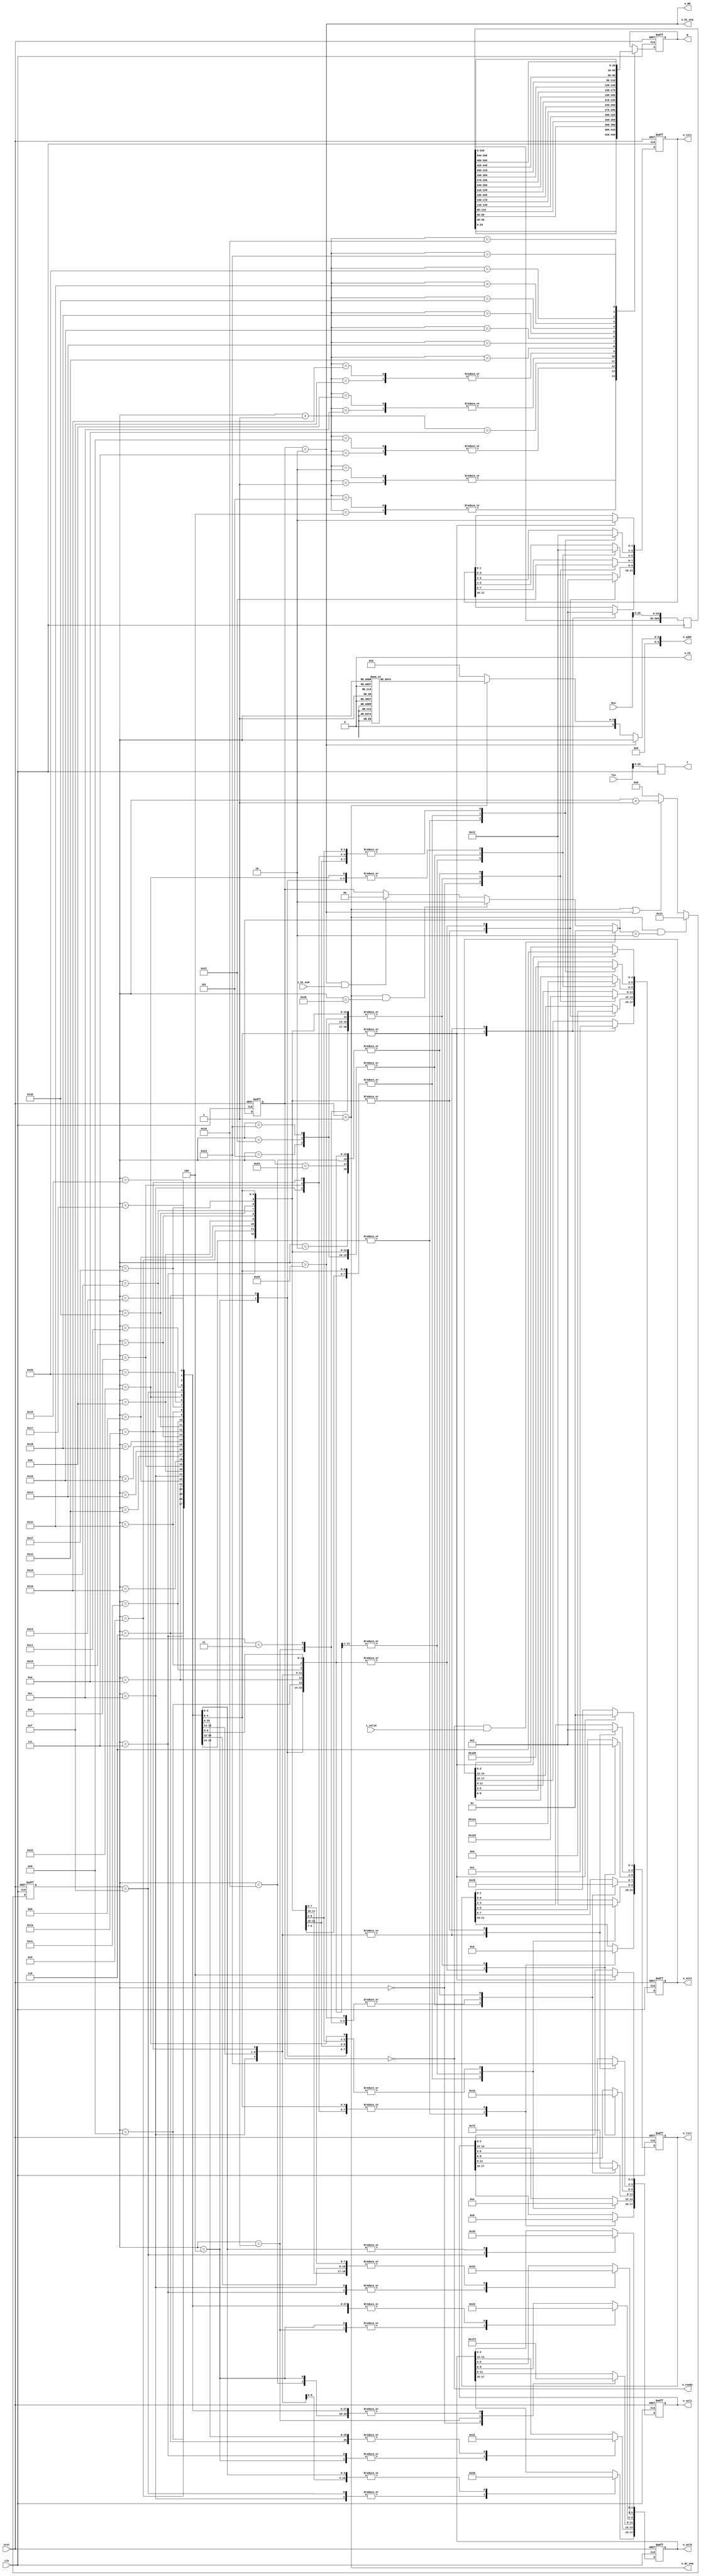
module DTW_CTRL(
    input   wire    clk,
    input   wire    nrst,
    input   wire    i_valid,
    output  wire    o_ready,

    output  wire    o_dc_ena,
    output  wire    o_bt_ena,
    input   wire    i_bt_end,

    input   wire    [31:0]  Rin,
    input   wire    [31:0]  Tin,
    output  reg     [29:0]  R,
    output  reg     [29:0]  T,

    output  reg     [11:0]  o_tsrc,
    output  reg     [11:0]  o_rsrc,
    output  reg     [17:0]  o_sel0,
    output  reg     [17:0]  o_sel1,
    output  reg     [17:0]  o_sel2,

    output  wire    [9:0]   o_addr,
    output  wire    o_WR,
    output  wire    o_CS
);

    localparam DC_END = 6'd40;
    localparam S_IDLE = 2'd0;
    localparam S_DC = 2'd1;
    localparam S_BT = 2'd2;

    reg [1:0] STATE;
    reg [1:0] STATE_NXT;
    reg [5:0] count;

    assign o_ready = (STATE == S_IDLE);
    assign o_dc_ena = (STATE == S_DC);
    assign o_bt_ena = (STATE == S_BT);

    reg [4:0] tindex_mem;

    wire [9:0] addr_dc;
    wire [9:0] addr_bt;
    assign addr_dc = {5'b0, tindex_mem};
    assign addr_bt = {4'b0, count};
    assign o_addr = o_bt_ena ? addr_bt : addr_dc;

    assign o_WR = o_bt_ena;
    assign o_CS = 1'b0;

    // 
    always @ (posedge clk or negedge nrst) begin
        if (~nrst) begin
            STATE <= S_IDLE;
        end
        else begin
            STATE <= STATE_NXT;
        end
    end
    always @ (*) begin
        if (STATE == S_IDLE && i_valid)
            STATE_NXT = S_DC;
        else if (STATE == S_DC && count == DC_END)
            STATE_NXT = S_BT;
        else if (STATE == S_BT && i_bt_end)
            STATE_NXT = S_IDLE;
        else
            STATE_NXT = STATE;
    end

    // DC & BT 
    always @ (posedge clk or negedge nrst) begin
        if (~nrst) begin
            count <= 6'd0;
        end
        else begin
            if (STATE == S_DC && STATE_NXT == S_BT)
                count <= 6'd20;
            else if (STATE == S_DC || STATE == S_BT)
                count <= count + 6'd1;
            else
                count <= 6'd0;
        end
    end

    // DC 
    reg [599:0] R_buf;
    always @ (posedge clk) begin
        R_buf <= {R_buf[569:0], Rin[29:0]};
    end

    // DC 
    always @ (posedge clk) begin
        T <= Tin[29:0];
    end

    // DC 
    always @ (posedge clk or negedge nrst) begin
        if (~nrst) begin
            o_rsrc<=12'b0;
            o_tsrc<=12'b0;
            o_sel0<=18'b111111111111111111;
            o_sel1<=18'b111111111111111111;
            o_sel2<=18'b111111111111111111;
        end
        else begin
            case (count)
                // 01
                6'd0: begin
                    o_tsrc[7:6]<=2'd2;
                    o_rsrc[7:6]<=2'd2;
                    o_sel0[11:9]<=3'd7;
                    o_sel1[11:9]<=3'd6;
                    o_sel2[11:9]<=3'd6;
                end

                6'd1: begin
                    o_tsrc[7:6]<=2'd0;
                    o_rsrc[7:6]<=2'd2;
                    o_tsrc[5:4]<=2'd2;
                    o_rsrc[5:4]<=2'd1;
                    o_sel0[11:9]<=3'd6;
                    o_sel1[11:9]<=3'd6;
                    o_sel2[11:9]<=3'd2;
                    o_sel0[8:6]<=3'd6;
                    o_sel1[8:6]<=3'd2;
                    o_sel2[8:6]<=3'd6;
                end

                6'd2: begin
                    o_tsrc[7:6]<=2'd1;
                    o_rsrc[7:6]<=2'd0;
                    o_sel0[11:9]<=3'd2;
                    o_sel1[11:9]<=3'd2;
                    o_sel2[11:9]<=3'd3;
                end

                6'd3: begin
                    o_tsrc[7:6]<=2'd0;
                    o_rsrc[7:6]<=2'd2;
                    o_tsrc[5:4]<=2'd2;
                    o_rsrc[5:4]<=2'd1;
                    o_sel0[11:9]<=3'd2;
                    o_sel1[11:9]<=3'd6;
                    o_sel2[11:9]<=3'd2;
                    o_sel0[8:6]<=3'd3;
                    o_sel1[8:6]<=3'd2;
                    o_sel2[8:6]<=3'd6;
                end

                6'd4: begin
                    o_tsrc[9:8]<=2'd1;
                    o_rsrc[9:8]<=2'd2;
                    o_tsrc[7:6]<=2'd1;
                    o_rsrc[7:6]<=2'd0;
                    o_tsrc[5:4]<=2'd2;
                    o_rsrc[5:4]<=2'd0;
                    o_sel0[14:12]<=3'd6;
                    o_sel1[14:12]<=3'd6;
                    o_sel2[14:12]<=3'd2;
                    o_sel0[11:9]<=3'd2;
                    o_sel1[11:9]<=3'd2;
                    o_sel2[11:9]<=3'd3;
                    o_sel0[8:6]<=3'd6;
                    o_sel1[8:6]<=3'd3;
                    o_sel2[8:6]<=3'd6;
                end

                6'd5: begin
                    o_tsrc[7:6]<=2'd0;
                    o_rsrc[7:6]<=2'd1;
                    o_tsrc[5:4]<=2'd0;
                    o_rsrc[5:4]<=2'd1;
                    o_sel0[11:9]<=3'd2;
                    o_sel1[11:9]<=3'd1;
                    o_sel2[11:9]<=3'd2;
                    o_sel0[8:6]<=3'd3;
                    o_sel1[8:6]<=3'd2;
                    o_sel2[8:6]<=3'd3;
                end

                6'd6: begin
                    o_tsrc[9:8]<=2'd1;
                    o_rsrc[9:8]<=2'd2;
                    o_tsrc[7:6]<=2'd1;
                    o_rsrc[7:6]<=2'd0;
                    o_tsrc[5:4]<=2'd2;
                    o_rsrc[5:4]<=2'd0;
                    o_sel0[14:12]<=3'd1;
                    o_sel1[14:12]<=3'd6;
                    o_sel2[14:12]<=3'd2;
                    o_sel0[11:9]<=3'd2;
                    o_sel1[11:9]<=3'd2;
                    o_sel2[11:9]<=3'd3;
                    o_sel0[8:6]<=3'd3;
                    o_sel1[8:6]<=3'd3;
                    o_sel2[8:6]<=3'd6;
                end

                6'd7: begin
                    o_tsrc[9:8]<=2'd0;
                    o_rsrc[9:8]<=2'd2;
                    o_tsrc[7:6]<=2'd0;
                    o_rsrc[7:6]<=2'd1;
                    o_tsrc[5:4]<=2'd0;
                    o_rsrc[5:4]<=2'd1;
                    o_tsrc[3:2]<=2'd2;
                    o_rsrc[3:2]<=2'd1;
                    o_sel0[14:12]<=3'd6;
                    o_sel1[14:12]<=3'd6;
                    o_sel2[14:12]<=3'd1;
                    o_sel0[11:9]<=3'd2;
                    o_sel1[11:9]<=3'd1;
                    o_sel2[11:9]<=3'd2;
                    o_sel0[8:6]<=3'd3;
                    o_sel1[8:6]<=3'd2;
                    o_sel2[8:6]<=3'd3;
                    o_sel0[5:3]<=3'd6;
                    o_sel1[5:3]<=3'd3;
                    o_sel2[5:3]<=3'd6;
                end

                6'd8: begin
                    o_tsrc[9:8]<=2'd1;
                    o_rsrc[9:8]<=2'd0;
                    o_tsrc[7:6]<=2'd1;
                    o_rsrc[7:6]<=2'd0;
                    o_tsrc[5:4]<=2'd1;
                    o_rsrc[5:4]<=2'd0;
                    o_sel0[14:12]<=3'd1;
                    o_sel1[14:12]<=3'd1;
                    o_sel2[14:12]<=3'd2;
                    o_sel0[11:9]<=3'd2;
                    o_sel1[11:9]<=3'd2;
                    o_sel2[11:9]<=3'd3;
                    o_sel0[8:6]<=3'd3;
                    o_sel1[8:6]<=3'd3;
                    o_sel2[8:6]<=3'd4;
                end

                6'd9: begin
                    o_tsrc[9:8]<=2'd0;
                    o_rsrc[9:8]<=2'd2;
                    o_tsrc[7:6]<=2'd0;
                    o_rsrc[7:6]<=2'd1;
                    o_tsrc[5:4]<=2'd0;
                    o_rsrc[5:4]<=2'd1;
                    o_tsrc[3:2]<=2'd2;
                    o_rsrc[3:2]<=2'd1;
                    o_sel0[14:12]<=3'd1;
                    o_sel1[14:12]<=3'd6;
                    o_sel2[14:12]<=3'd1;
                    o_sel0[11:9]<=3'd2;
                    o_sel1[11:9]<=3'd1;
                    o_sel2[11:9]<=3'd2;
                    o_sel0[8:6]<=3'd3;
                    o_sel1[8:6]<=3'd2;
                    o_sel2[8:6]<=3'd3;
                    o_sel0[5:3]<=3'd4;
                    o_sel1[5:3]<=3'd3;
                    o_sel2[5:3]<=3'd6;
                end

                6'd10: begin
                    o_tsrc[9:8]<=2'd1;
                    o_rsrc[9:8]<=2'd0;
                    o_tsrc[7:6]<=2'd1;
                    o_rsrc[7:6]<=2'd0;
                    o_tsrc[5:4]<=2'd1;
                    o_rsrc[5:4]<=2'd0;
                    o_sel0[14:12]<=3'd1;
                    o_sel1[14:12]<=3'd1;
                    o_sel2[14:12]<=3'd2;
                    o_sel0[11:9]<=3'd2;
                    o_sel1[11:9]<=3'd2;
                    o_sel2[11:9]<=3'd3;
                    o_sel0[8:6]<=3'd3;
                    o_sel1[8:6]<=3'd3;
                    o_sel2[8:6]<=3'd4;
                end

                6'd11: begin
                    o_tsrc[9:8]<=2'd0;
                    o_rsrc[9:8]<=2'd2;
                    o_tsrc[7:6]<=2'd0;
                    o_rsrc[7:6]<=2'd1;
                    o_tsrc[5:4]<=2'd0;
                    o_rsrc[5:4]<=2'd1;
                    o_tsrc[3:2]<=2'd2;
                    o_rsrc[3:2]<=2'd1;
                    o_sel0[14:12]<=3'd1;
                    o_sel1[14:12]<=3'd6;
                    o_sel2[14:12]<=3'd1;
                    o_sel0[11:9]<=3'd2;
                    o_sel1[11:9]<=3'd1;
                    o_sel2[11:9]<=3'd2;
                    o_sel0[8:6]<=3'd3;
                    o_sel1[8:6]<=3'd2;
                    o_sel2[8:6]<=3'd3;
                    o_sel0[5:3]<=3'd4;
                    o_sel1[5:3]<=3'd3;
                    o_sel2[5:3]<=3'd6;
                end

                6'd12: begin
                    o_tsrc[11:10]<=2'd1;
                    o_rsrc[11:10]<=2'd2;
                    o_tsrc[9:8]<=2'd1;
                    o_rsrc[9:8]<=2'd0;
                    o_tsrc[7:6]<=2'd1;
                    o_rsrc[7:6]<=2'd0;
                    o_tsrc[5:4]<=2'd1;
                    o_rsrc[5:4]<=2'd0;
                    o_tsrc[3:2]<=2'd2;
                    o_rsrc[3:2]<=2'd0;
                    o_sel0[17:15]<=3'd6;
                    o_sel1[17:15]<=3'd6;
                    o_sel2[17:15]<=3'd1;
                    o_sel0[14:12]<=3'd1;
                    o_sel1[14:12]<=3'd1;
                    o_sel2[14:12]<=3'd2;
                    o_sel0[11:9]<=3'd2;
                    o_sel1[11:9]<=3'd2;
                    o_sel2[11:9]<=3'd3;
                    o_sel0[8:6]<=3'd3;
                    o_sel1[8:6]<=3'd3;
                    o_sel2[8:6]<=3'd4;
                    o_sel0[5:3]<=3'd6;
                    o_sel1[5:3]<=3'd4;
                    o_sel2[5:3]<=3'd6;
                end

                6'd13: begin
                    o_tsrc[9:8]<=2'd0;
                    o_rsrc[9:8]<=2'd1;
                    o_tsrc[7:6]<=2'd0;
                    o_rsrc[7:6]<=2'd1;
                    o_tsrc[5:4]<=2'd0;
                    o_rsrc[5:4]<=2'd1;
                    o_tsrc[3:2]<=2'd0;
                    o_rsrc[3:2]<=2'd1;
                    o_sel0[14:12]<=3'd1;
                    o_sel1[14:12]<=3'd0;
                    o_sel2[14:12]<=3'd1;
                    o_sel0[11:9]<=3'd2;
                    o_sel1[11:9]<=3'd1;
                    o_sel2[11:9]<=3'd2;
                    o_sel0[8:6]<=3'd3;
                    o_sel1[8:6]<=3'd2;
                    o_sel2[8:6]<=3'd3;
                    o_sel0[5:3]<=3'd4;
                    o_sel1[5:3]<=3'd3;
                    o_sel2[5:3]<=3'd4;
                end

                6'd14: begin
                    o_tsrc[11:10]<=2'd1;
                    o_rsrc[11:10]<=2'd2;
                    o_tsrc[9:8]<=2'd1;
                    o_rsrc[9:8]<=2'd0;
                    o_tsrc[7:6]<=2'd1;
                    o_rsrc[7:6]<=2'd0;
                    o_tsrc[5:4]<=2'd1;
                    o_rsrc[5:4]<=2'd0;
                    o_tsrc[3:2]<=2'd2;
                    o_rsrc[3:2]<=2'd0;
                    o_sel0[17:15]<=3'd0;
                    o_sel1[17:15]<=3'd6;
                    o_sel2[17:15]<=3'd1;
                    o_sel0[14:12]<=3'd1;
                    o_sel1[14:12]<=3'd1;
                    o_sel2[14:12]<=3'd2;
                    o_sel0[11:9]<=3'd2;
                    o_sel1[11:9]<=3'd2;
                    o_sel2[11:9]<=3'd3;
                    o_sel0[8:6]<=3'd3;
                    o_sel1[8:6]<=3'd3;
                    o_sel2[8:6]<=3'd4;
                    o_sel0[5:3]<=3'd4;
                    o_sel1[5:3]<=3'd4;
                    o_sel2[5:3]<=3'd6;
                end

                6'd15: begin
                    o_tsrc[11:10]<=2'd0;
                    o_rsrc[11:10]<=2'd2;
                    o_tsrc[9:8]<=2'd0;
                    o_rsrc[9:8]<=2'd1;
                    o_tsrc[7:6]<=2'd0;
                    o_rsrc[7:6]<=2'd1;
                    o_tsrc[5:4]<=2'd0;
                    o_rsrc[5:4]<=2'd1;
                    o_tsrc[3:2]<=2'd0;
                    o_rsrc[3:2]<=2'd1;
                    o_tsrc[1:0]<=2'd2;
                    o_rsrc[1:0]<=2'd1;
                    o_sel0[17:15]<=3'd6;
                    o_sel1[17:15]<=3'd6;
                    o_sel2[17:15]<=3'd0;
                    o_sel0[14:12]<=3'd1;
                    o_sel1[14:12]<=3'd0;
                    o_sel2[14:12]<=3'd1;
                    o_sel0[11:9]<=3'd2;
                    o_sel1[11:9]<=3'd1;
                    o_sel2[11:9]<=3'd2;
                    o_sel0[8:6]<=3'd3;
                    o_sel1[8:6]<=3'd2;
                    o_sel2[8:6]<=3'd3;
                    o_sel0[5:3]<=3'd4;
                    o_sel1[5:3]<=3'd3;
                    o_sel2[5:3]<=3'd4;
                    o_sel0[2:0]<=3'd6;
                    o_sel1[2:0]<=3'd4;
                    o_sel2[2:0]<=3'd6;
                end

                6'd16: begin
                    o_tsrc[11:10]<=2'd1;
                    o_rsrc[11:10]<=2'd0;
                    o_tsrc[9:8]<=2'd1;
                    o_rsrc[9:8]<=2'd0;
                    o_tsrc[7:6]<=2'd1;
                    o_rsrc[7:6]<=2'd0;
                    o_tsrc[5:4]<=2'd1;
                    o_rsrc[5:4]<=2'd0;
                    o_tsrc[3:2]<=2'd1;
                    o_rsrc[3:2]<=2'd0;
                    o_sel0[17:15]<=3'd0;
                    o_sel1[17:15]<=3'd0;
                    o_sel2[17:15]<=3'd1;
                    o_sel0[14:12]<=3'd1;
                    o_sel1[14:12]<=3'd1;
                    o_sel2[14:12]<=3'd2;
                    o_sel0[11:9]<=3'd2;
                    o_sel1[11:9]<=3'd2;
                    o_sel2[11:9]<=3'd3;
                    o_sel0[8:6]<=3'd3;
                    o_sel1[8:6]<=3'd3;
                    o_sel2[8:6]<=3'd4;
                    o_sel0[5:3]<=3'd4;
                    o_sel1[5:3]<=3'd4;
                    o_sel2[5:3]<=3'd5;
                end

                6'd17: begin
                    o_tsrc[11:10]<=2'd0;
                    o_rsrc[11:10]<=2'd2;
                    o_tsrc[9:8]<=2'd0;
                    o_rsrc[9:8]<=2'd1;
                    o_tsrc[7:6]<=2'd0;
                    o_rsrc[7:6]<=2'd1;
                    o_tsrc[5:4]<=2'd0;
                    o_rsrc[5:4]<=2'd1;
                    o_tsrc[3:2]<=2'd0;
                    o_rsrc[3:2]<=2'd1;
                    o_tsrc[1:0]<=2'd2;
                    o_rsrc[1:0]<=2'd1;
                    o_sel0[17:15]<=3'd0;
                    o_sel1[17:15]<=3'd6;
                    o_sel2[17:15]<=3'd0;
                    o_sel0[14:12]<=3'd1;
                    o_sel1[14:12]<=3'd0;
                    o_sel2[14:12]<=3'd1;
                    o_sel0[11:9]<=3'd2;
                    o_sel1[11:9]<=3'd1;
                    o_sel2[11:9]<=3'd2;
                    o_sel0[8:6]<=3'd3;
                    o_sel1[8:6]<=3'd2;
                    o_sel2[8:6]<=3'd3;
                    o_sel0[5:3]<=3'd4;
                    o_sel1[5:3]<=3'd3;
                    o_sel2[5:3]<=3'd4;
                    o_sel0[2:0]<=3'd5;
                    o_sel1[2:0]<=3'd4;
                    o_sel2[2:0]<=3'd6;
                end

                6'd18: begin
                    o_tsrc[11:10]<=2'd1;
                    o_rsrc[11:10]<=2'd0;
                    o_tsrc[9:8]<=2'd1;
                    o_rsrc[9:8]<=2'd0;
                    o_tsrc[7:6]<=2'd1;
                    o_rsrc[7:6]<=2'd0;
                    o_tsrc[5:4]<=2'd1;
                    o_rsrc[5:4]<=2'd0;
                    o_tsrc[3:2]<=2'd1;
                    o_rsrc[3:2]<=2'd0;
                    o_sel0[17:15]<=3'd0;
                    o_sel1[17:15]<=3'd0;
                    o_sel2[17:15]<=3'd1;
                    o_sel0[14:12]<=3'd1;
                    o_sel1[14:12]<=3'd1;
                    o_sel2[14:12]<=3'd2;
                    o_sel0[11:9]<=3'd2;
                    o_sel1[11:9]<=3'd2;
                    o_sel2[11:9]<=3'd3;
                    o_sel0[8:6]<=3'd3;
                    o_sel1[8:6]<=3'd3;
                    o_sel2[8:6]<=3'd4;
                    o_sel0[5:3]<=3'd4;
                    o_sel1[5:3]<=3'd4;
                    o_sel2[5:3]<=3'd5;
                end

                6'd19: begin
                    o_tsrc[11:10]<=2'd0;
                    o_rsrc[11:10]<=2'd2;
                    o_tsrc[9:8]<=2'd0;
                    o_rsrc[9:8]<=2'd1;
                    o_tsrc[7:6]<=2'd0;
                    o_rsrc[7:6]<=2'd1;
                    o_tsrc[5:4]<=2'd0;
                    o_rsrc[5:4]<=2'd1;
                    o_tsrc[3:2]<=2'd0;
                    o_rsrc[3:2]<=2'd1;
                    o_tsrc[1:0]<=2'd2;
                    o_rsrc[1:0]<=2'd1;
                    o_sel0[17:15]<=3'd0;
                    o_sel1[17:15]<=3'd6;
                    o_sel2[17:15]<=3'd0;
                    o_sel0[14:12]<=3'd1;
                    o_sel1[14:12]<=3'd0;
                    o_sel2[14:12]<=3'd1;
                    o_sel0[11:9]<=3'd2;
                    o_sel1[11:9]<=3'd1;
                    o_sel2[11:9]<=3'd2;
                    o_sel0[8:6]<=3'd3;
                    o_sel1[8:6]<=3'd2;
                    o_sel2[8:6]<=3'd3;
                    o_sel0[5:3]<=3'd4;
                    o_sel1[5:3]<=3'd3;
                    o_sel2[5:3]<=3'd4;
                    o_sel0[2:0]<=3'd5;
                    o_sel1[2:0]<=3'd4;
                    o_sel2[2:0]<=3'd6;
                end

                6'd20: begin
                    o_tsrc[11:10]<=2'd1;
                    o_rsrc[11:10]<=2'd0;
                    o_tsrc[9:8]<=2'd1;
                    o_rsrc[9:8]<=2'd0;
                    o_tsrc[7:6]<=2'd1;
                    o_rsrc[7:6]<=2'd0;
                    o_tsrc[5:4]<=2'd1;
                    o_rsrc[5:4]<=2'd0;
                    o_tsrc[3:2]<=2'd1;
                    o_rsrc[3:2]<=2'd0;
                    o_sel0[17:15]<=3'd0;
                    o_sel1[17:15]<=3'd0;
                    o_sel2[17:15]<=3'd1;
                    o_sel0[14:12]<=3'd1;
                    o_sel1[14:12]<=3'd1;
                    o_sel2[14:12]<=3'd2;
                    o_sel0[11:9]<=3'd2;
                    o_sel1[11:9]<=3'd2;
                    o_sel2[11:9]<=3'd3;
                    o_sel0[8:6]<=3'd3;
                    o_sel1[8:6]<=3'd3;
                    o_sel2[8:6]<=3'd4;
                    o_sel0[5:3]<=3'd4;
                    o_sel1[5:3]<=3'd4;
                    o_sel2[5:3]<=3'd5;
                end

                6'd21: begin
                    o_tsrc[11:10]<=2'd0;
                    o_rsrc[11:10]<=2'd2;
                    o_tsrc[9:8]<=2'd0;
                    o_rsrc[9:8]<=2'd1;
                    o_tsrc[7:6]<=2'd0;
                    o_rsrc[7:6]<=2'd1;
                    o_tsrc[5:4]<=2'd0;
                    o_rsrc[5:4]<=2'd1;
                    o_tsrc[3:2]<=2'd0;
                    o_rsrc[3:2]<=2'd1;
                    o_tsrc[1:0]<=2'd2;
                    o_rsrc[1:0]<=2'd1;
                    o_sel0[17:15]<=3'd0;
                    o_sel1[17:15]<=3'd6;
                    o_sel2[17:15]<=3'd0;
                    o_sel0[14:12]<=3'd1;
                    o_sel1[14:12]<=3'd0;
                    o_sel2[14:12]<=3'd1;
                    o_sel0[11:9]<=3'd2;
                    o_sel1[11:9]<=3'd1;
                    o_sel2[11:9]<=3'd2;
                    o_sel0[8:6]<=3'd3;
                    o_sel1[8:6]<=3'd2;
                    o_sel2[8:6]<=3'd3;
                    o_sel0[5:3]<=3'd4;
                    o_sel1[5:3]<=3'd3;
                    o_sel2[5:3]<=3'd4;
                    o_sel0[2:0]<=3'd5;
                    o_sel1[2:0]<=3'd4;
                    o_sel2[2:0]<=3'd6;
                end

                6'd22: begin
                    o_tsrc[11:10]<=2'd1;
                    o_rsrc[11:10]<=2'd0;
                    o_tsrc[9:8]<=2'd1;
                    o_rsrc[9:8]<=2'd0;
                    o_tsrc[7:6]<=2'd1;
                    o_rsrc[7:6]<=2'd0;
                    o_tsrc[5:4]<=2'd1;
                    o_rsrc[5:4]<=2'd0;
                    o_tsrc[3:2]<=2'd1;
                    o_rsrc[3:2]<=2'd0;
                    o_sel0[17:15]<=3'd0;
                    o_sel1[17:15]<=3'd0;
                    o_sel2[17:15]<=3'd1;
                    o_sel0[14:12]<=3'd1;
                    o_sel1[14:12]<=3'd1;
                    o_sel2[14:12]<=3'd2;
                    o_sel0[11:9]<=3'd2;
                    o_sel1[11:9]<=3'd2;
                    o_sel2[11:9]<=3'd3;
                    o_sel0[8:6]<=3'd3;
                    o_sel1[8:6]<=3'd3;
                    o_sel2[8:6]<=3'd4;
                    o_sel0[5:3]<=3'd4;
                    o_sel1[5:3]<=3'd4;
                    o_sel2[5:3]<=3'd5;
                end

                6'd23: begin
                    o_tsrc[11:10]<=2'd0;
                    o_rsrc[11:10]<=2'd2;
                    o_tsrc[9:8]<=2'd0;
                    o_rsrc[9:8]<=2'd1;
                    o_tsrc[7:6]<=2'd0;
                    o_rsrc[7:6]<=2'd1;
                    o_tsrc[5:4]<=2'd0;
                    o_rsrc[5:4]<=2'd1;
                    o_tsrc[3:2]<=2'd0;
                    o_rsrc[3:2]<=2'd1;
                    o_tsrc[1:0]<=2'd2;
                    o_rsrc[1:0]<=2'd1;
                    o_sel0[17:15]<=3'd0;
                    o_sel1[17:15]<=3'd6;
                    o_sel2[17:15]<=3'd0;
                    o_sel0[14:12]<=3'd1;
                    o_sel1[14:12]<=3'd0;
                    o_sel2[14:12]<=3'd1;
                    o_sel0[11:9]<=3'd2;
                    o_sel1[11:9]<=3'd1;
                    o_sel2[11:9]<=3'd2;
                    o_sel0[8:6]<=3'd3;
                    o_sel1[8:6]<=3'd2;
                    o_sel2[8:6]<=3'd3;
                    o_sel0[5:3]<=3'd4;
                    o_sel1[5:3]<=3'd3;
                    o_sel2[5:3]<=3'd4;
                    o_sel0[2:0]<=3'd5;
                    o_sel1[2:0]<=3'd4;
                    o_sel2[2:0]<=3'd6;
                end

                6'd24: begin
                    o_tsrc[11:10]<=2'd1;
                    o_rsrc[11:10]<=2'd0;
                    o_tsrc[9:8]<=2'd1;
                    o_rsrc[9:8]<=2'd0;
                    o_tsrc[7:6]<=2'd1;
                    o_rsrc[7:6]<=2'd0;
                    o_tsrc[5:4]<=2'd1;
                    o_rsrc[5:4]<=2'd0;
                    o_tsrc[3:2]<=2'd1;
                    o_rsrc[3:2]<=2'd0;
                    o_sel0[17:15]<=3'd0;
                    o_sel1[17:15]<=3'd0;
                    o_sel2[17:15]<=3'd1;
                    o_sel0[14:12]<=3'd1;
                    o_sel1[14:12]<=3'd1;
                    o_sel2[14:12]<=3'd2;
                    o_sel0[11:9]<=3'd2;
                    o_sel1[11:9]<=3'd2;
                    o_sel2[11:9]<=3'd3;
                    o_sel0[8:6]<=3'd3;
                    o_sel1[8:6]<=3'd3;
                    o_sel2[8:6]<=3'd4;
                    o_sel0[5:3]<=3'd4;
                    o_sel1[5:3]<=3'd4;
                    o_sel2[5:3]<=3'd5;
                end

                6'd25: begin
                    o_tsrc[9:8]<=2'd0;
                    o_rsrc[9:8]<=2'd1;
                    o_tsrc[7:6]<=2'd0;
                    o_rsrc[7:6]<=2'd1;
                    o_tsrc[5:4]<=2'd0;
                    o_rsrc[5:4]<=2'd1;
                    o_tsrc[3:2]<=2'd0;
                    o_rsrc[3:2]<=2'd1;
                    o_sel0[14:12]<=3'd1;
                    o_sel1[14:12]<=3'd0;
                    o_sel2[14:12]<=3'd1;
                    o_sel0[11:9]<=3'd2;
                    o_sel1[11:9]<=3'd1;
                    o_sel2[11:9]<=3'd2;
                    o_sel0[8:6]<=3'd3;
                    o_sel1[8:6]<=3'd2;
                    o_sel2[8:6]<=3'd3;
                    o_sel0[5:3]<=3'd4;
                    o_sel1[5:3]<=3'd3;
                    o_sel2[5:3]<=3'd4;
                end

                6'd26: begin
                    o_tsrc[11:10]<=2'd1;
                    o_rsrc[11:10]<=2'd2;
                    o_tsrc[9:8]<=2'd1;
                    o_rsrc[9:8]<=2'd0;
                    o_tsrc[7:6]<=2'd1;
                    o_rsrc[7:6]<=2'd0;
                    o_tsrc[5:4]<=2'd1;
                    o_rsrc[5:4]<=2'd0;
                    o_tsrc[3:2]<=2'd2;
                    o_rsrc[3:2]<=2'd0;
                    o_sel0[17:15]<=3'd0;
                    o_sel1[17:15]<=3'd6;
                    o_sel2[17:15]<=3'd1;
                    o_sel0[14:12]<=3'd1;
                    o_sel1[14:12]<=3'd1;
                    o_sel2[14:12]<=3'd2;
                    o_sel0[11:9]<=3'd2;
                    o_sel1[11:9]<=3'd2;
                    o_sel2[11:9]<=3'd3;
                    o_sel0[8:6]<=3'd3;
                    o_sel1[8:6]<=3'd3;
                    o_sel2[8:6]<=3'd4;
                    o_sel0[5:3]<=3'd4;
                    o_sel1[5:3]<=3'd4;
                    o_sel2[5:3]<=3'd6;
                end

                6'd27: begin
                    o_tsrc[9:8]<=2'd0;
                    o_rsrc[9:8]<=2'd1;
                    o_tsrc[7:6]<=2'd0;
                    o_rsrc[7:6]<=2'd1;
                    o_tsrc[5:4]<=2'd0;
                    o_rsrc[5:4]<=2'd1;
                    o_tsrc[3:2]<=2'd0;
                    o_rsrc[3:2]<=2'd1;
                    o_sel0[14:12]<=3'd1;
                    o_sel1[14:12]<=3'd0;
                    o_sel2[14:12]<=3'd1;
                    o_sel0[11:9]<=3'd2;
                    o_sel1[11:9]<=3'd1;
                    o_sel2[11:9]<=3'd2;
                    o_sel0[8:6]<=3'd3;
                    o_sel1[8:6]<=3'd2;
                    o_sel2[8:6]<=3'd3;
                    o_sel0[5:3]<=3'd4;
                    o_sel1[5:3]<=3'd3;
                    o_sel2[5:3]<=3'd4;
                end

                6'd28: begin
                    o_tsrc[9:8]<=2'd1;
                    o_rsrc[9:8]<=2'd0;
                    o_tsrc[7:6]<=2'd1;
                    o_rsrc[7:6]<=2'd0;
                    o_tsrc[5:4]<=2'd1;
                    o_rsrc[5:4]<=2'd0;
                    o_sel0[14:12]<=3'd1;
                    o_sel1[14:12]<=3'd1;
                    o_sel2[14:12]<=3'd2;
                    o_sel0[11:9]<=3'd2;
                    o_sel1[11:9]<=3'd2;
                    o_sel2[11:9]<=3'd3;
                    o_sel0[8:6]<=3'd3;
                    o_sel1[8:6]<=3'd3;
                    o_sel2[8:6]<=3'd4;
                end

                6'd29: begin
                    o_tsrc[9:8]<=2'd0;
                    o_rsrc[9:8]<=2'd2;
                    o_tsrc[7:6]<=2'd0;
                    o_rsrc[7:6]<=2'd1;
                    o_tsrc[5:4]<=2'd0;
                    o_rsrc[5:4]<=2'd1;
                    o_tsrc[3:2]<=2'd2;
                    o_rsrc[3:2]<=2'd1;
                    o_sel0[14:12]<=3'd1;
                    o_sel1[14:12]<=3'd6;
                    o_sel2[14:12]<=3'd1;
                    o_sel0[11:9]<=3'd2;
                    o_sel1[11:9]<=3'd1;
                    o_sel2[11:9]<=3'd2;
                    o_sel0[8:6]<=3'd3;
                    o_sel1[8:6]<=3'd2;
                    o_sel2[8:6]<=3'd3;
                    o_sel0[5:3]<=3'd4;
                    o_sel1[5:3]<=3'd3;
                    o_sel2[5:3]<=3'd6;
                end

                6'd30: begin
                    o_tsrc[9:8]<=2'd1;
                    o_rsrc[9:8]<=2'd0;
                    o_tsrc[7:6]<=2'd1;
                    o_rsrc[7:6]<=2'd0;
                    o_tsrc[5:4]<=2'd1;
                    o_rsrc[5:4]<=2'd0;
                    o_sel0[14:12]<=3'd1;
                    o_sel1[14:12]<=3'd1;
                    o_sel2[14:12]<=3'd2;
                    o_sel0[11:9]<=3'd2;
                    o_sel1[11:9]<=3'd2;
                    o_sel2[11:9]<=3'd3;
                    o_sel0[8:6]<=3'd3;
                    o_sel1[8:6]<=3'd3;
                    o_sel2[8:6]<=3'd4;
                end

                6'd31: begin
                    o_tsrc[9:8]<=2'd0;
                    o_rsrc[9:8]<=2'd2;
                    o_tsrc[7:6]<=2'd0;
                    o_rsrc[7:6]<=2'd1;
                    o_tsrc[5:4]<=2'd0;
                    o_rsrc[5:4]<=2'd1;
                    o_tsrc[3:2]<=2'd2;
                    o_rsrc[3:2]<=2'd1;
                    o_sel0[14:12]<=3'd1;
                    o_sel1[14:12]<=3'd6;
                    o_sel2[14:12]<=3'd1;
                    o_sel0[11:9]<=3'd2;
                    o_sel1[11:9]<=3'd1;
                    o_sel2[11:9]<=3'd2;
                    o_sel0[8:6]<=3'd3;
                    o_sel1[8:6]<=3'd2;
                    o_sel2[8:6]<=3'd3;
                    o_sel0[5:3]<=3'd4;
                    o_sel1[5:3]<=3'd3;
                    o_sel2[5:3]<=3'd6;
                end

                6'd32: begin
                    o_tsrc[9:8]<=2'd1;
                    o_rsrc[9:8]<=2'd0;
                    o_tsrc[7:6]<=2'd1;
                    o_rsrc[7:6]<=2'd0;
                    o_tsrc[5:4]<=2'd1;
                    o_rsrc[5:4]<=2'd0;
                    o_sel0[14:12]<=3'd1;
                    o_sel1[14:12]<=3'd1;
                    o_sel2[14:12]<=3'd2;
                    o_sel0[11:9]<=3'd2;
                    o_sel1[11:9]<=3'd2;
                    o_sel2[11:9]<=3'd3;
                    o_sel0[8:6]<=3'd3;
                    o_sel1[8:6]<=3'd3;
                    o_sel2[8:6]<=3'd4;
                end

                6'd33: begin
                    o_tsrc[7:6]<=2'd0;
                    o_rsrc[7:6]<=2'd1;
                    o_tsrc[5:4]<=2'd0;
                    o_rsrc[5:4]<=2'd1;
                    o_sel0[11:9]<=3'd2;
                    o_sel1[11:9]<=3'd1;
                    o_sel2[11:9]<=3'd2;
                    o_sel0[8:6]<=3'd3;
                    o_sel1[8:6]<=3'd2;
                    o_sel2[8:6]<=3'd3;
                end

                6'd34: begin
                    o_tsrc[9:8]<=2'd1;
                    o_rsrc[9:8]<=2'd2;
                    o_tsrc[7:6]<=2'd1;
                    o_rsrc[7:6]<=2'd0;
                    o_tsrc[5:4]<=2'd2;
                    o_rsrc[5:4]<=2'd0;
                    o_sel0[14:12]<=3'd1;
                    o_sel1[14:12]<=3'd6;
                    o_sel2[14:12]<=3'd2;
                    o_sel0[11:9]<=3'd2;
                    o_sel1[11:9]<=3'd2;
                    o_sel2[11:9]<=3'd3;
                    o_sel0[8:6]<=3'd3;
                    o_sel1[8:6]<=3'd3;
                    o_sel2[8:6]<=3'd6;
                end

                6'd35: begin
                    o_tsrc[7:6]<=2'd0;
                    o_rsrc[7:6]<=2'd1;
                    o_tsrc[5:4]<=2'd0;
                    o_rsrc[5:4]<=2'd1;
                    o_sel0[11:9]<=3'd2;
                    o_sel1[11:9]<=3'd1;
                    o_sel2[11:9]<=3'd2;
                    o_sel0[8:6]<=3'd3;
                    o_sel1[8:6]<=3'd2;
                    o_sel2[8:6]<=3'd3;
                end

                6'd36: begin
                    o_tsrc[7:6]<=2'd1;
                    o_rsrc[7:6]<=2'd0;
                    o_sel0[11:9]<=3'd2;
                    o_sel1[11:9]<=3'd2;
                    o_sel2[11:9]<=3'd3;
                end

                6'd37: begin
                    o_tsrc[7:6]<=2'd0;
                    o_rsrc[7:6]<=2'd2;
                    o_tsrc[5:4]<=2'd2;
                    o_rsrc[5:4]<=2'd1;
                    o_sel0[11:9]<=3'd2;
                    o_sel1[11:9]<=3'd6;
                    o_sel2[11:9]<=3'd2;
                    o_sel0[8:6]<=3'd3;
                    o_sel1[8:6]<=3'd2;
                    o_sel2[8:6]<=3'd6;
                end

                6'd38: begin
                    o_tsrc[7:6]<=2'd1;
                    o_rsrc[7:6]<=2'd0;
                    o_sel0[11:9]<=3'd2;
                    o_sel1[11:9]<=3'd2;
                    o_sel2[11:9]<=3'd3;
                end
            endcase
        end 
    end

    always @ (posedge clk or negedge nrst) begin
		if (~nrst) begin
			R <= 30'd0;
		end
		else begin
			case (count + 1)
				6'd1: R <= R_buf[29:0];
				6'd2: R <= R_buf[29:0];
				6'd4: R <= R_buf[59:30];
				6'd5: R <= R_buf[59:30];
				6'd7: R <= R_buf[89:60];
				6'd8: R <= R_buf[89:60];
				6'd10: R <= R_buf[119:90];
				6'd12: R <= R_buf[149:120];
				6'd13: R <= R_buf[149:120];
				6'd15: R <= R_buf[179:150];
				6'd16: R <= R_buf[179:150];
				6'd18: R <= R_buf[209:180];
				6'd20: R <= R_buf[239:210];
				6'd22: R <= R_buf[269:240];
				6'd24: R <= R_buf[299:270];
				6'd27: R <= R_buf[359:330];
				6'd30: R <= R_buf[419:390];
				6'd32: R <= R_buf[449:420];
				6'd35: R <= R_buf[509:480];
				6'd38: R <= R_buf[569:540];
			endcase
		end
    end

    always @ (*) begin
        tindex_mem = 5'd0;

        if (STATE == S_DC) begin
            case (count)
                6'd0: tindex_mem = 5'd1;
                6'd2: tindex_mem = 5'd2;
                6'd3: tindex_mem = 5'd3;
                6'd5: tindex_mem = 5'd4;
                6'd6: tindex_mem = 5'd5;
                6'd8: tindex_mem = 5'd6;
                6'd10: tindex_mem = 5'd7;
                6'd11: tindex_mem = 5'd8;
                6'd13: tindex_mem = 5'd9;
                6'd14: tindex_mem = 5'd10;
                6'd16: tindex_mem = 5'd11;
                6'd18: tindex_mem = 5'd12;
                6'd20: tindex_mem = 5'd13;
                6'd22: tindex_mem = 5'd14;
                6'd25: tindex_mem = 5'd15;
                6'd28: tindex_mem = 5'd16;
                6'd30: tindex_mem = 5'd17;
                6'd33: tindex_mem = 5'd18;
                6'd36: tindex_mem = 5'd19;
            endcase
        end
    end

endmodule